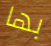
بها